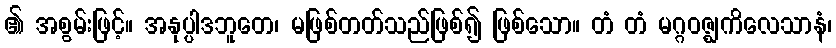
၏ အစွမ်းဖြင့်။ အနုပ္ပါဒဘူတေ၊ မဖြစ်တတ်သည်ဖြစ်၍ ဖြစ်သော။ တံ တံ မဂ္ဂဝဇ္ဈကိလေသာနံ၊